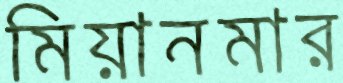
মিয়ানমার